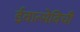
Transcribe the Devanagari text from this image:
ईवात्सेविची